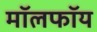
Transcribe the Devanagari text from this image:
मॉलफॉय